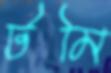
টমি